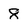
Character: 8